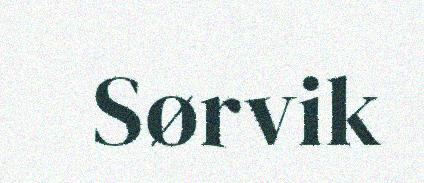
Sørvik